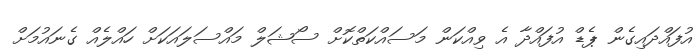
އުފައްދައިގެން ޕެޑް އުފައްދާ އެ ވިއްކަން މަސައްކަތްކޮށް ސޯޝަލް މައްސަލައަކަށް ހައްލެއް ގެނައުމަށް